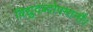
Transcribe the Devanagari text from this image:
विद्युदब्दोपमानौ।